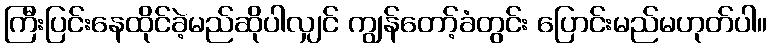
ကြီးပြင်းနေထိုင်ခဲ့မည်ဆိုပါလျှင် ကျွန်တော့်ခံတွင်း ပြောင်းမည်မဟုတ်ပါ။